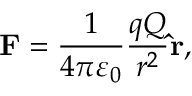
\mathbf { F } = { \frac { 1 } { 4 \pi \varepsilon _ { 0 } } } { \frac { q Q } { r ^ { 2 } } } \mathbf { \hat { r } } ,